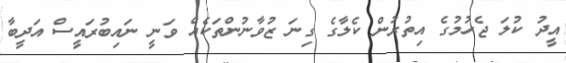
އީދު ކުލަ ޖެހުމުގެ އިތުރުން ކެލާގެ ގިނަ ޒުވާނުންތަކެއް ވަނީ ނައިބުރައީސް އަދީބާ